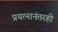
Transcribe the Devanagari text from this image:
प्रयत्नानंतरही